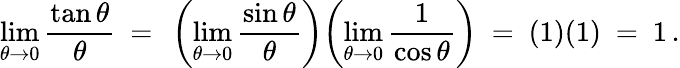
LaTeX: \operatorname*{lim}_{\theta\to 0}{\frac{\tan\theta}{\theta}}\ =\ \left(\operatorname*{lim}_{\theta\to 0}{\frac{\sin\theta}{\theta}}\right)\! \left(\operatorname*{lim}_{\theta\to 0}{\frac{1}{\cos\theta}}\right)\ =\ (1)(1)\ =\ 1\, .